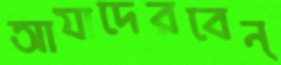
আযাদেরবেন্